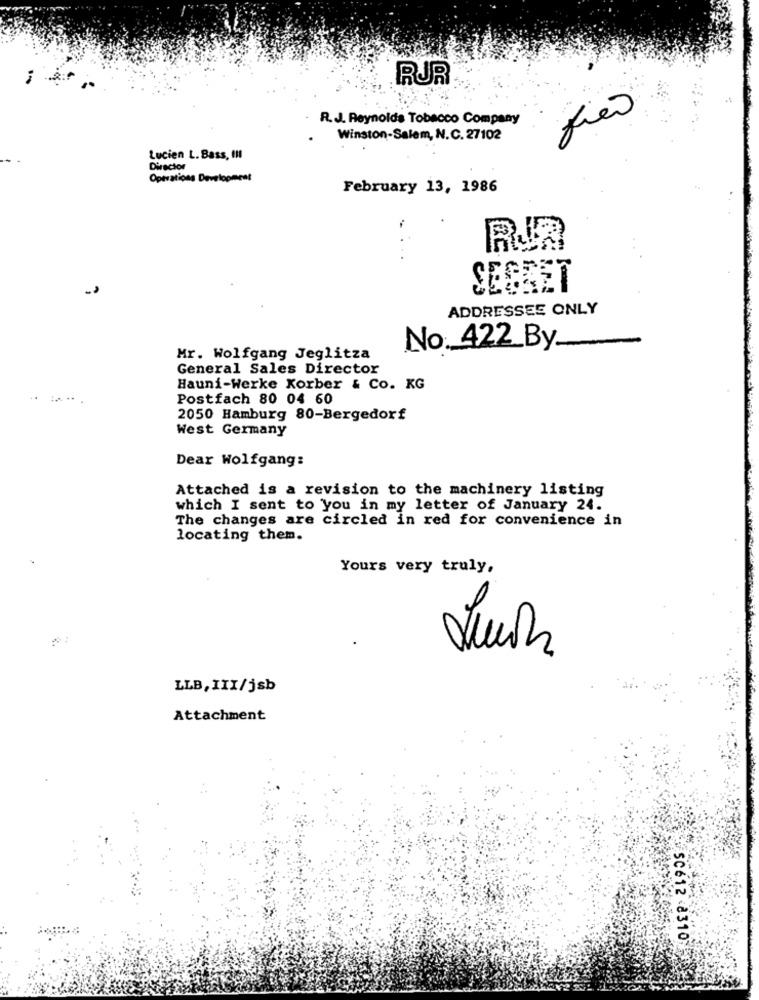
RUR
R.J. Reynolds Tobacco Company
Winston-Salem, N.C. 27102
Lucien L. Bass, III
Director
Operations Development
February 13, 1986
SECRET
ADDRESSEE ONLY
No. 422_By
Mr. Wolfgang Jeglitza
General Sales Director
Hauni-Werke Korber & Co. KG
Postfach 80 04 60
2050 Hamburg 80-Bergedorf
West Germany
Dear Wolfgang:
Attached is a revision to the machinery listing
which I sent to you in my letter of January 24.
The changes are circled in red for convenience in
locating them.
Yours very truly,
LLB, III/jsb
Attachment
SC612 2310%